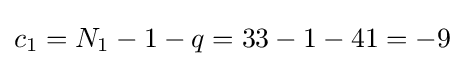
c_{1}=N_{1}-1-q=33-1-41=-9